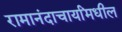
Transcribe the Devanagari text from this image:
रामानंदाचार्यांमधील